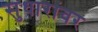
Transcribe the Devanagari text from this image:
सुधारांवर